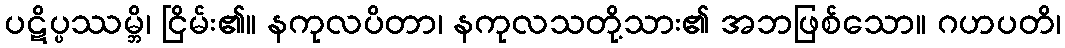
ပဋိပ္ပဿမ္ဘိ၊ ငြိမ်း၏။ နကုလပိတာ၊ နကုလသတို့သား၏ အဘဖြစ်သော။ ဂဟပတိ၊